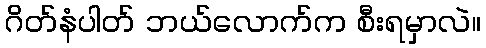
ဂိတ်နံပါတ် ဘယ်လောက်က စီးရမှာလဲ။